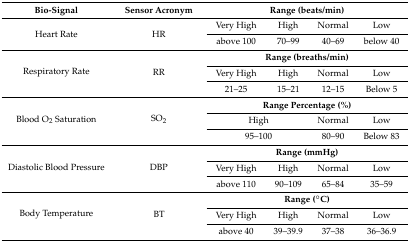
<table><thead><tr><td><b>Bio-Signal</b></td><td><b>Sensor Acronym</b></td><td colspan="4"><b>Range (beats/min)</b></td></tr></thead><tbody><tr><td rowspan="2">Heart Rate</td><td rowspan="2">HR</td><td>Very High</td><td>High</td><td>Normal</td><td>Low</td></tr><tr><td>above 100</td><td>70–99</td><td>40–69</td><td>below 40</td></tr><tr><td rowspan="3">Respiratory Rate</td><td rowspan="3">RR</td><td colspan="4"><b>Range (breaths/min)</b></td></tr><tr><td>Very High</td><td>High</td><td>Normal</td><td>Low</td></tr><tr><td>21–25</td><td>15–21</td><td>12–15</td><td>Below 5</td></tr><tr><td rowspan="3">Blood O<sub>2</sub> Saturation</td><td rowspan="3">SO<sub>2</sub></td><td colspan="4"><b>Range Percentage (%)</b></td></tr><tr><td colspan="2">High</td><td>Normal</td><td>Low</td></tr><tr><td colspan="2">95–100</td><td>80–90</td><td>Below 83</td></tr><tr><td rowspan="3">Diastolic Blood Pressure</td><td rowspan="3">DBP</td><td colspan="4"><b>Range (mmHg)</b></td></tr><tr><td>Very High</td><td>High</td><td>Normal</td><td>Low</td></tr><tr><td>above 110</td><td>90–109</td><td>65–84</td><td>35–59</td></tr><tr><td rowspan="3">Body Temperature</td><td rowspan="3">BT</td><td colspan="4"><b>Range (°C)</b></td></tr><tr><td>Very High</td><td>High</td><td>Normal</td><td>Low</td></tr><tr><td>above 40</td><td>39–39.9</td><td>37–38</td><td>36–36.9</td></tr></tbody></table>